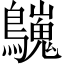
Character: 𪇋